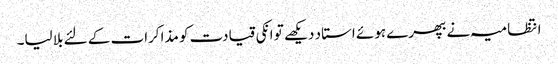
انتظامیہ نے بھپرے ہوئے استاد دیکھے تو انکی قیادت کو مذاکرات کے لئے بلا لیا۔